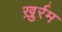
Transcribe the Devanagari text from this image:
ख़ुर्रम